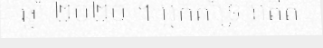
ឆ្នាំ ២០២០ ។ អ្នកគាំទ្រ អតីត